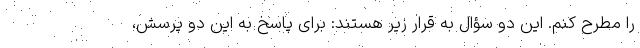
را مطرح کنم. این دو سؤال به قرار زیر هستند: برای پاسخ به این دو پرسش،